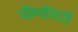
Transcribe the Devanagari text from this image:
फैकंदो